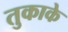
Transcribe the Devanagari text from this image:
तुकाके